Annual administration report of the Civil Veterinary Department of India - 1896-1897
Year: 1896
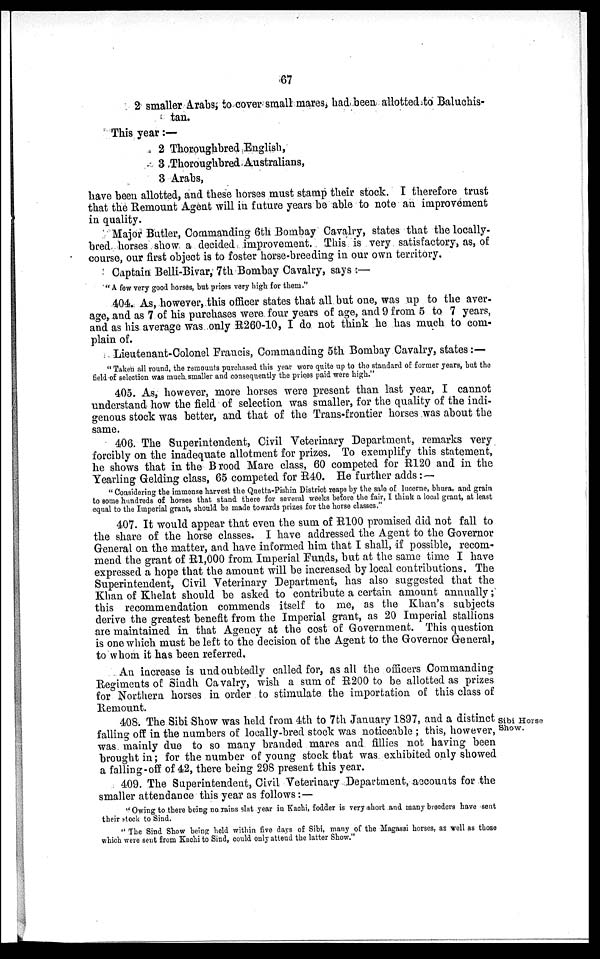
67
2 smaller Arabs, to cover small mares, had been allotted to Baluchis-
tan.
This year:—
2 Thoroughbred English,
3 Thoroughbred Australians,
3 Arabs,
have been allotted, and these horses must stamp their stock. I therefore trust
that the Remount Agent will in future years be able to note an improvement
in quality.
Major Butler, Commanding 6th Bombay Cavalry, states that the locally-
bred horses show a decided improvement. This is very satisfactory, as, of
course, our first object is to foster horse-breeding in our own territory.
Captain Belli-Bivar, 7th Bombay Cavalry, says:—
"A few very good horses, but prices very high for them."
404. As, however, this officer states that all but one, was up to the aver-
age, and as 7 of his purchases were four years of age, and 9 from 5 to 7 years,
and as his average was only R260-10, I do not think he has much to com-
plain of.
Lieutenant-Colonel Francis, Commanding 5th Bombay Cavalry, states:—
"Taken all round, the remounts purchased this year wore quite up to the standard of former years, but the
field of selection was much smaller and consequently the prices paid were high."
405. As, however, more horses were present than last year, I cannot
understand how the field of selection was smaller, for the quality of the indi-
genous stock was better, and that of the Trans-frontier horses was about the
same.
406. The Superintendent, Civil Veterinary Department, remarks very
forcibly on the inadequate allotment for prizes. To exemplify this statement,
he shows that in the Brood Mare class, 60 competed for R120 and in the
Yearling Gelding class, 65 competed for R40. He further adds: —
" Considering the immense harvest the Quetta-Pishin District reaps by the sale of lucerne, bhusa, and grain
to some hundreds of horses that stand there for several weeks before the fair, I think a local grant, at least
equal to the Imperial grant, should be made towards prizes for the horse classes."
407. It would appear that even the sum of R100 promised did not fall to
the share of the horse classes. I have addressed the Agent to the Governor
General on the matter, and have informed him that I shall, if possible, recom-
mend the grant of R1,000 from Imperial Funds, but at the same time I have
expressed a hope that the amount will be increased by local contributions. The
Superintendent, Civil Veterinary Department, has also suggested that the
Khan of Khelat should be asked to contribute a certain amount annually;
this recommendation commends itself to me, as the Khan's subjects
derive the greatest benefit from the Imperial grant, as 20 Imperial stallions
are maintained in that Agency at the cost of Government. This question
is one which must be left to the decision of the Agent to the Governor General,
to whom it has been referred.
An increase is undoubtedly called for, as all the officers Commanding
Regiments of Sindh Cavalry, wish a sum of R200 to be allotted as prizes
for Northern horses in order to stimulate the importation of this class of
Remount.
Sibi Horse
Show.
408. The Sibi Show was held from 4th to 7th January 1897, and a distinct
falling off in the numbers of locally-bred stock was noticeable ; this, however,
was mainly due to so many branded mares and fillies not having been
brought in; for the number of young stock that was exhibited only showed
a falling-off of 42, there being 298 present this year.
409. The Superintendent, Civil Veterinary Department, accounts for the
smaller attendance this year as follows: —
"Owing to there being no rains slat year in Kachi, fodder is very short and many breeders have sent
their stock to Sind.
"The Sind Show being held within five days of Sibi, many of the Magassi horses, as well as those
which were sent from Kachi to Sind, could only attend the latter Show."